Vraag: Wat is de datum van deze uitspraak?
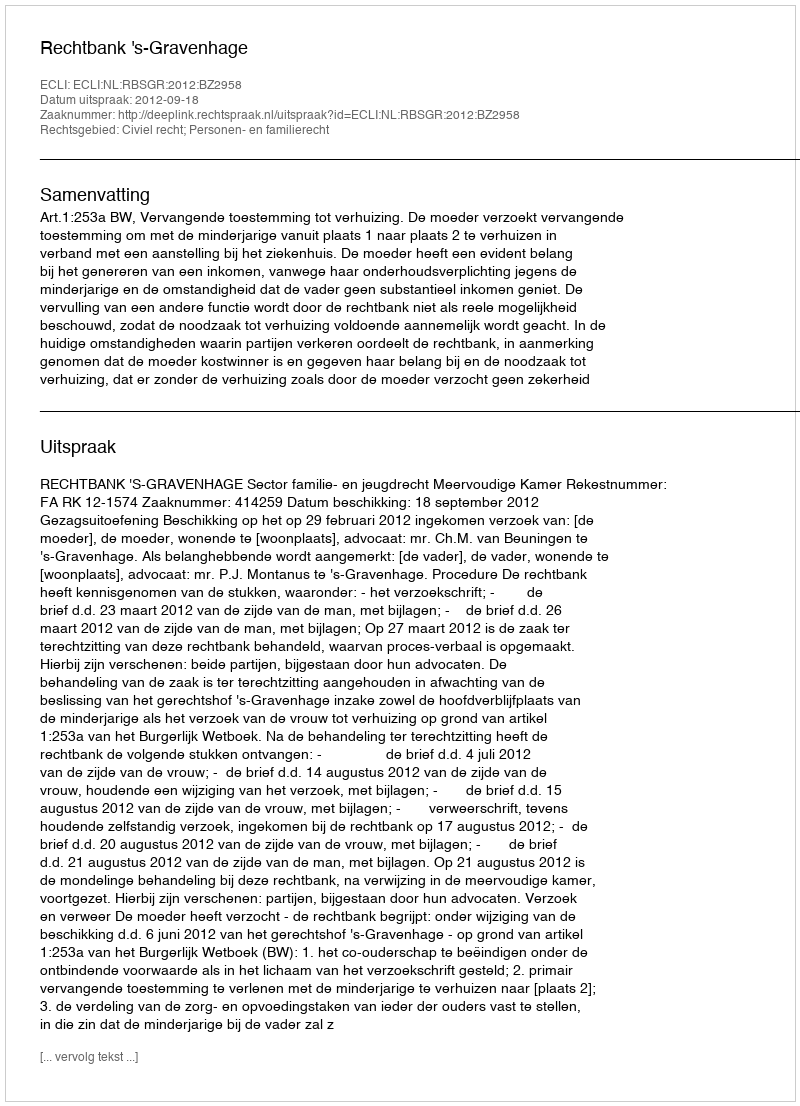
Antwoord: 2012-09-18